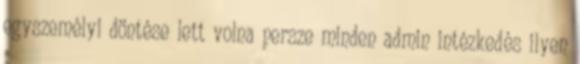
egyszemélyi döntése lett volna persze minden admin intézkedés ilyen